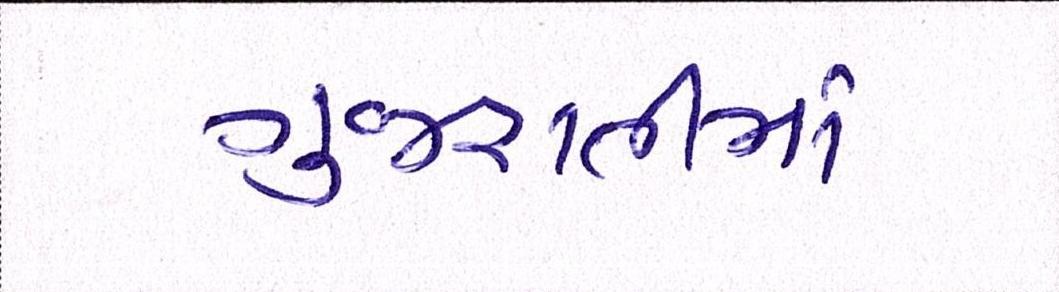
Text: ગુજરાતીમાં